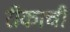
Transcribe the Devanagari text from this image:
रीकाची